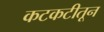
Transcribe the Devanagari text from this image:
कटकटीतून